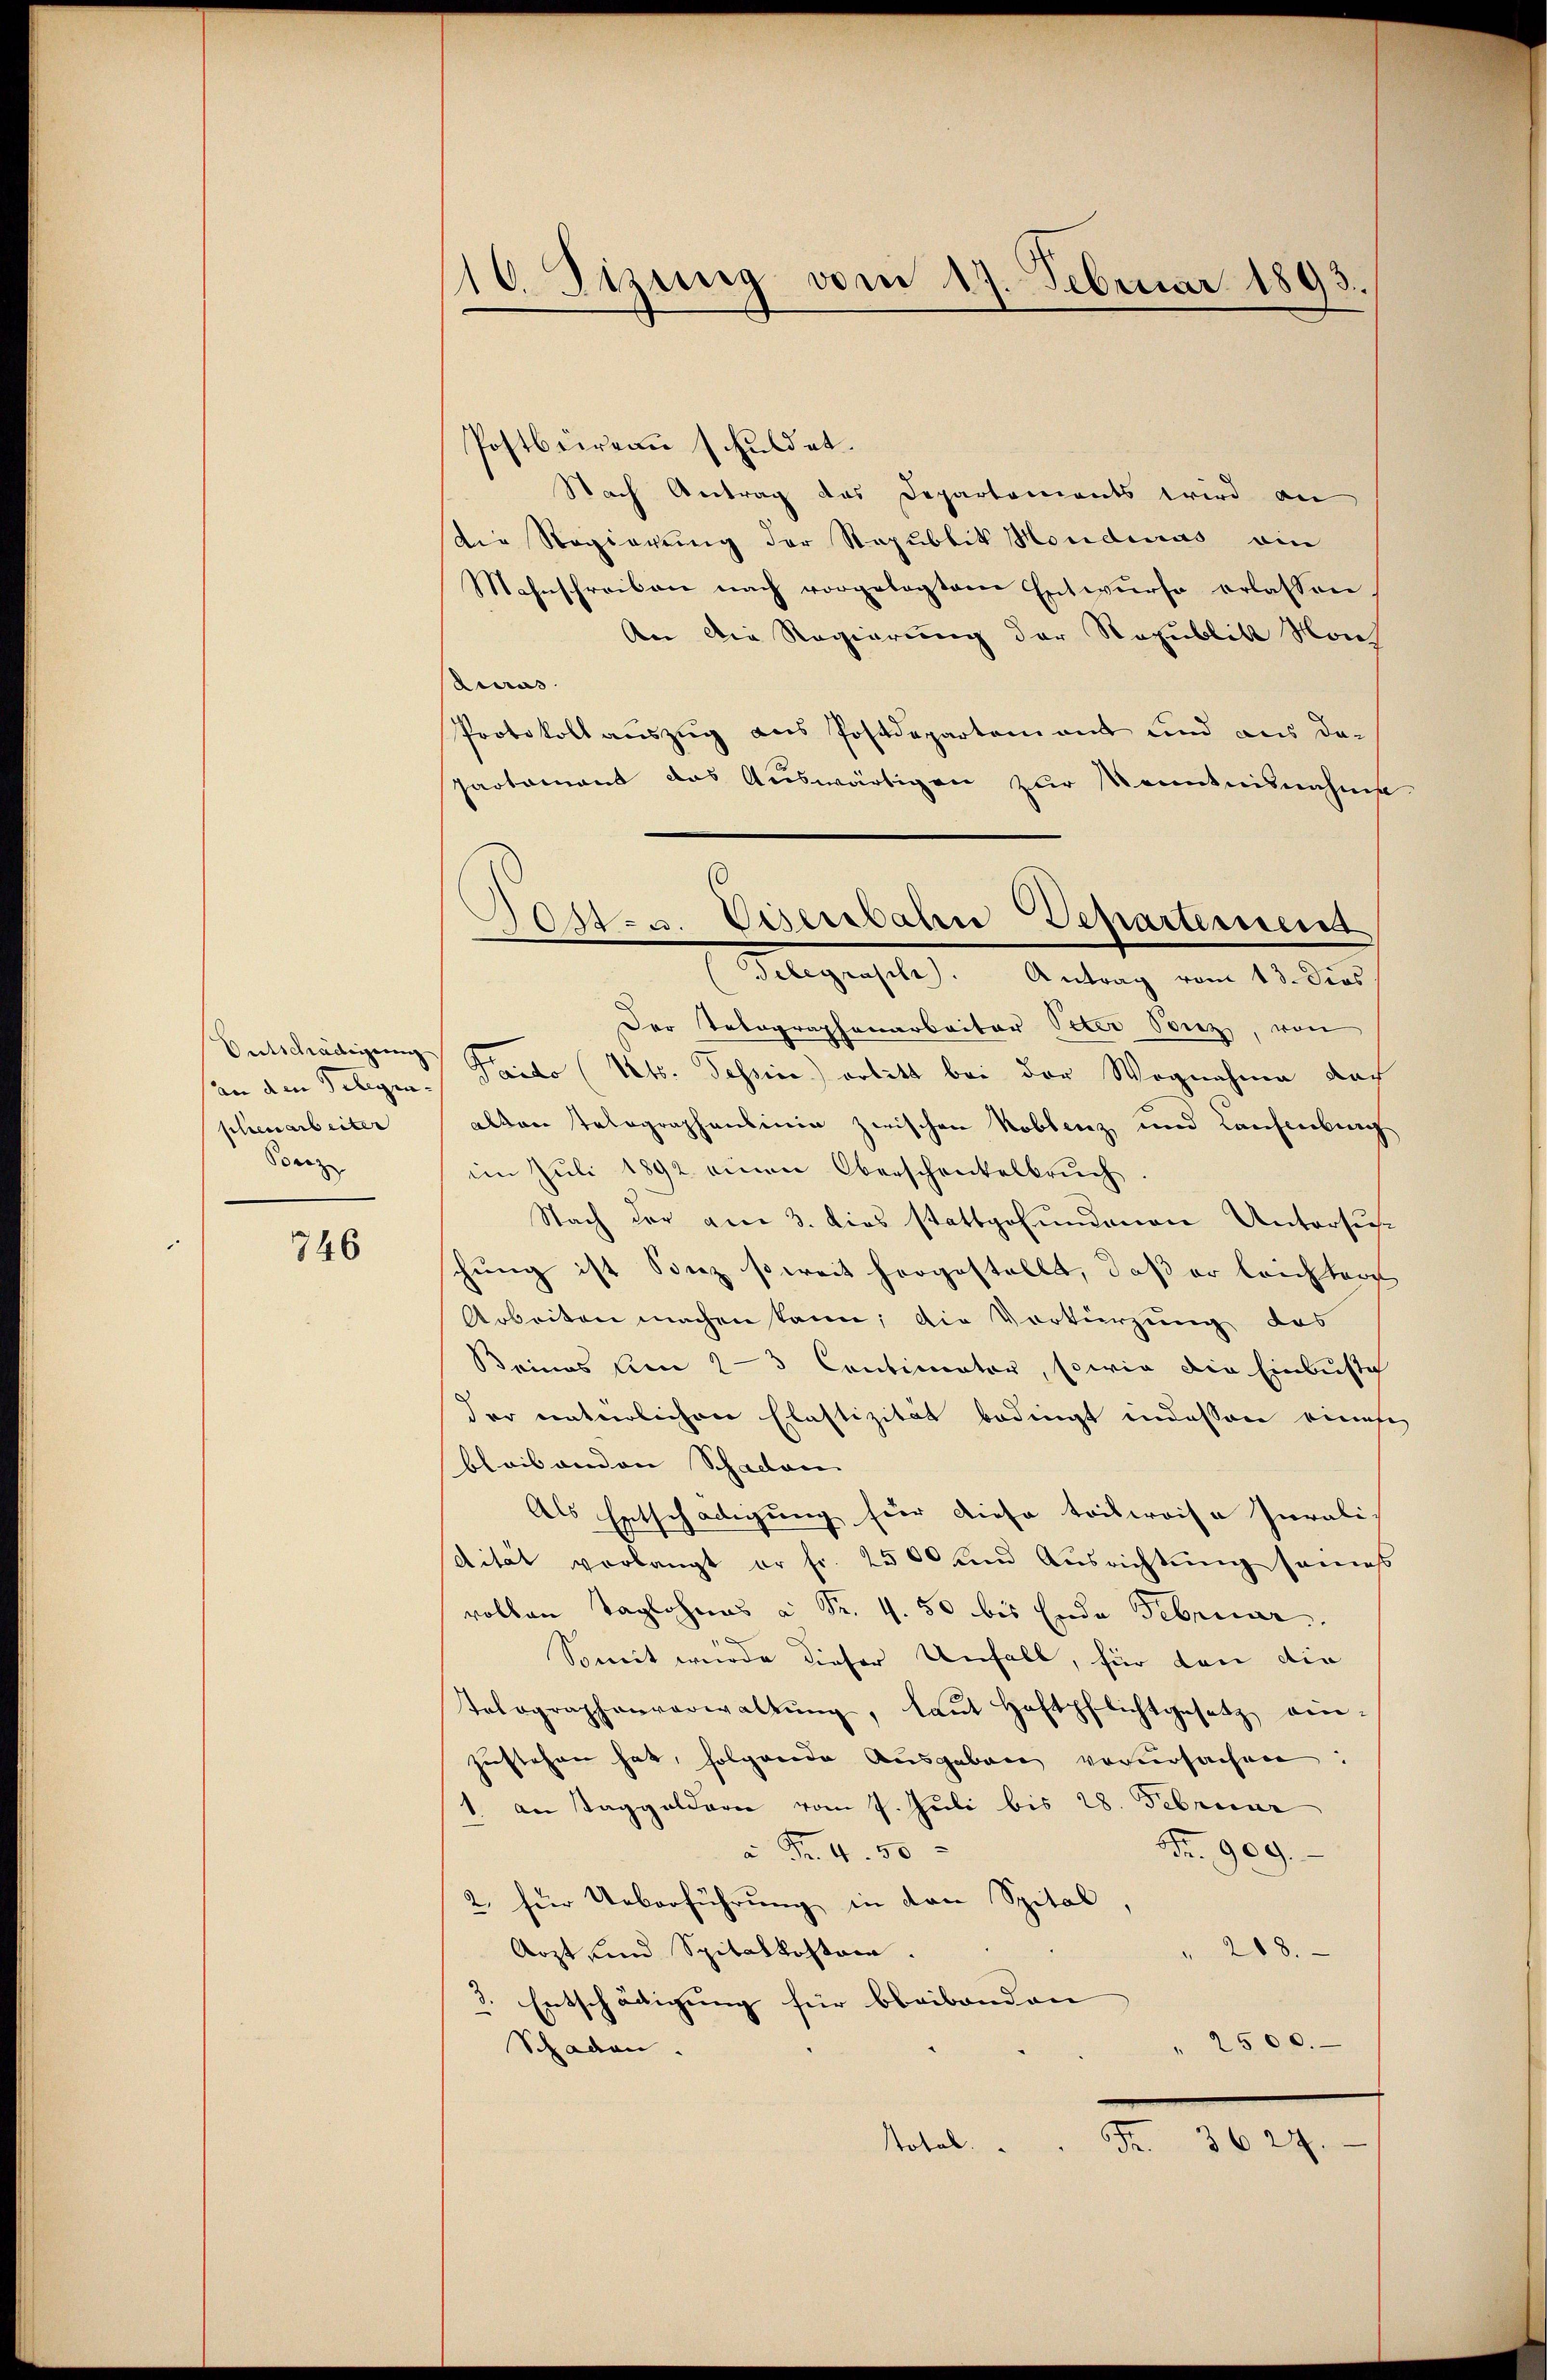
an den Gelegen-
phienarbeiter
Sonz

746

16 Sizung vom 17. Februar 1893.

Postbureau schuldet.
Nach Antrag das Departements wird an
die Regierung der Republik Honderas ein
Mahnschreiben nach vorgelegtem Entwurfe erlassen.
An die Regierung der Republik Nach
duras
Protokoll auszug aus Postdepartement und aus der
partament das Auswärtigen zur Kenntnisnahme
Der Tabographenarbeiter Peter Penz, von
Entschädigung Fredo (Cts. Tessin) erlitt bei der Wegnahme doch
alten Talographenlinie zwischen Koblenz, und Laufenburg
im Juli 1892 einen Oberschenkelbruch
Nach der am 3. dies stattgefundenen Untersuchchung ist Sonz soweit hergestellt, daß er leichter
Arbeiten machen kann; die Vorkürzung des
Beines Am 2-3 Contimator, sowie die Einbuste
der natürlichen Elastizität bedingt indessen eines
bleibenden Schaden
Als Entschädigung für diese tribweise Jurali-
dität verlangt er fr. 2500 und Ausrichtung seines
vollen Taglohnes a Sr. 4. 50 bis Ende Februar.
“
Somit wurde dieser Unfall, für dan die
tolographenverwaltŭng, laŭt Haftpflichtgesetz ein-
zustehen hat, folgende Ausgaben verursachen
1. an Taggeldern vom 7. Juli bis 28. Februar
Fr. 909.
à Fr. 4. 50
2. für Ueberführung in den Spital.
Arzt und Spitalkostain.
288.
Entschädigung für bleibenden
" 2500.
Schaden.
Total.                        3627.

osten Eisenbahn Departement
Telegrasche. Antrag vom 13. dies